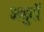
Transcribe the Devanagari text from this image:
अबुर्दों